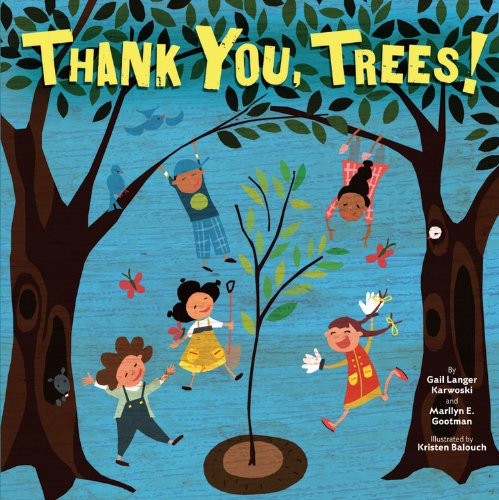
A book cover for Thank You, Trees! (Tu B'Shevat); Gail Langer Karwoski; Children's Books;